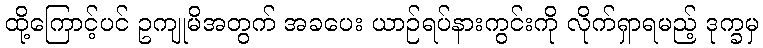
ထို့ကြောင့်ပင် ဥကျုမိအတွက် အခပေး ယာဉ်ရပ်နားကွင်းကို လိုက်ရှာရမည့် ဒုက္ခမှ